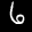
Label: 6